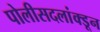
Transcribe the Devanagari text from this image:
पोलीसदलांक्डून